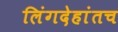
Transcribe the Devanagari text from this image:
लिंगदेहांतच